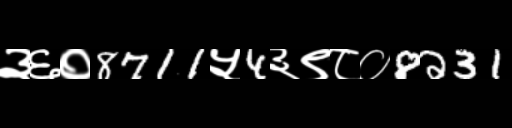
Text: ३६०8711५4३९८०8231